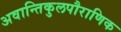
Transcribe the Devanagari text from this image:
अवान्तिकुलपौराणिक